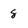
Character: 8